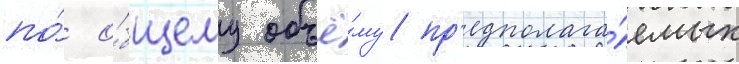
по́ о́бщему объё́му пр'едполага́емых